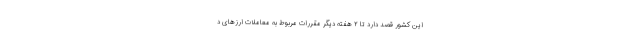
این کشور قصد دارد تا ۲ هفته دیگر مقررات مربوط به معاملات ارزهای د